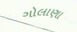
ગોલાણા